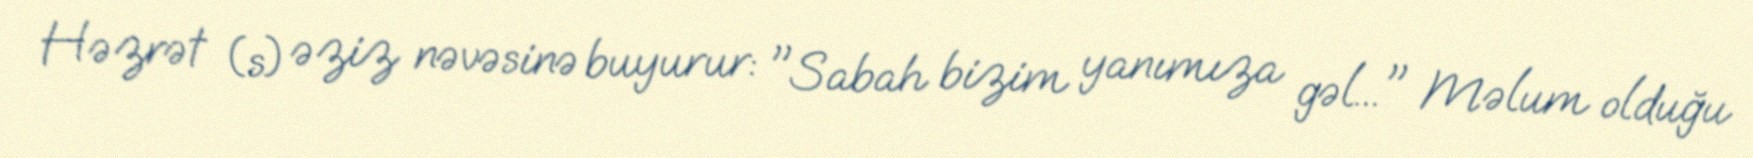
Həzrət (s) əziz nəvəsinə buyurur: "Sabah bizim yanımıza gəl..." Məlum olduğu